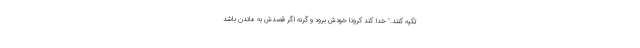
تکیه کنند." خدا کند کرونا خودش برود و گرنه اگر قصدش به ماندن باشد